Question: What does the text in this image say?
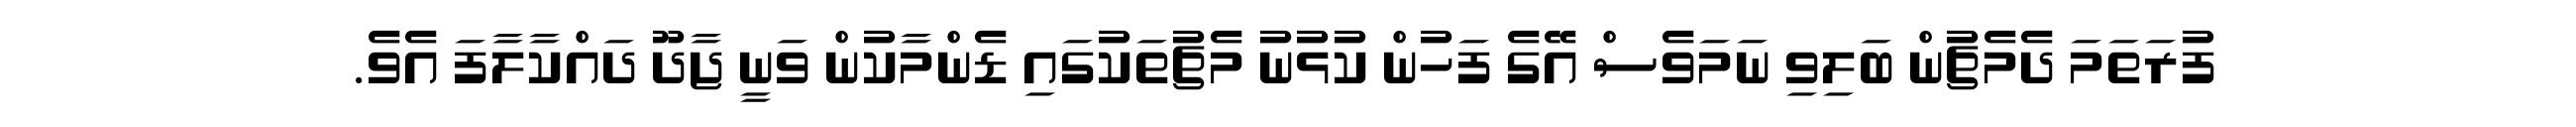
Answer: ފުރަތަމަ ދެމެޗުން ބަލިވި ނަމަވެސް އޭގެ ފަހުން ކުޅުނު މެޗުތަކުގައި ޑެންމާކުން ވަނީ ޖާދޫ ދައްކާލާފަ އެވެ.